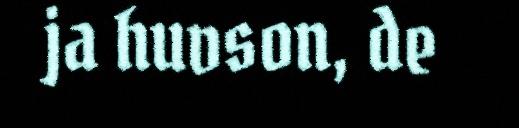
ja huvson, de